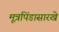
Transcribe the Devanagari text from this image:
मूत्रपिंडासारखे